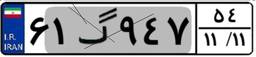
۶۱گ۹۴۷۵۴